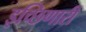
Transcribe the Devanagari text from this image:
इच्छिणारी